Civil Veterinary Dept. North-West Frontier Province 1901-22 - 1901-1922
Year: 1901
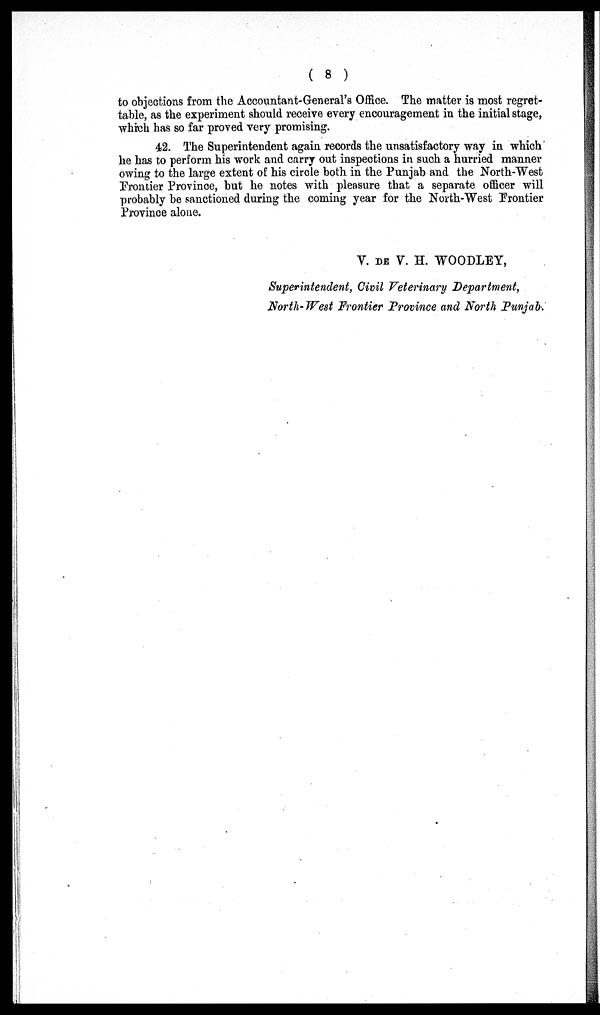
( 8 )
to objections from the Accountant-General's Office. The matter is most regret-
table, as the experiment should receive every encouragement in the initial stage,
which has so far proved very promising.
42. The Superintendent again records the unsatisfactory way in which
he has to perform his work and carry out inspections in such a hurried manner
owing to the large extent of his circle both in the Punjab and the North-West
Frontier Province, but he notes with pleasure that a separate officer will
probably be sanctioned during the coming year for the North-West Frontier
Province alone.
V. DE V. H. WOODLEY,
Superintendent, Civil Veterinary Department,
North-West Frontier Province and North Punjab.